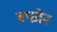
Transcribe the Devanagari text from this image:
बफोन